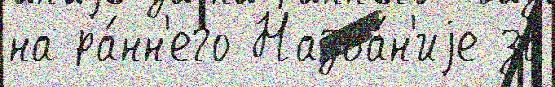
на ра́нн'его Назва́н'иjе за